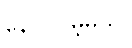
နေပါလိမ့်မယ်။